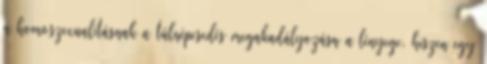
a homoszexualitásnak a túlnépesedés megakadályozása a lényege, hiszen egy